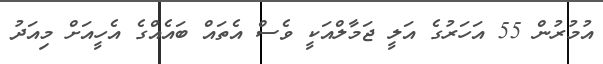
އުމުރުން 55 އަހަރުގެ އަލީ ޖަމާލްއަކީ ވެސް އެތައް ބައެއްގެ އެހީއަށް މިއަދު